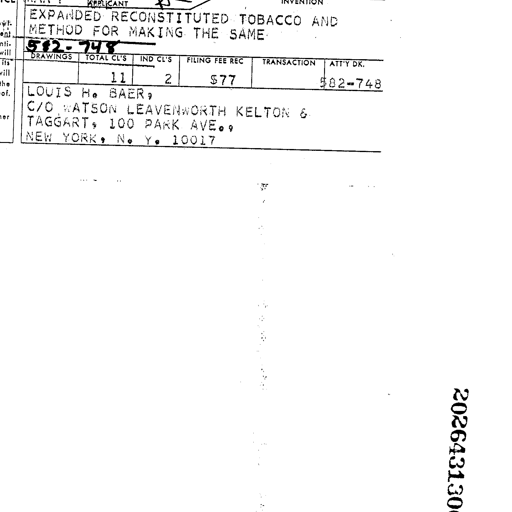
INVENTION
EXPANDED RECONSTITUTED TOBACCO AND
METHOD FOR MAKING THE SAME
582-748
DRAWINGS TOTAL CL'S IND CL'S FILING FEE REC TRANSACTION ATT'Y DK.
11 2 $77 582-748
LOUIS H. BAER,
C/O WATSON LEAVENWORTH KELTON &
TAGGART, 100 PARK AVE.,
NEW YORK, N. Y. 10017
202643130